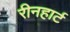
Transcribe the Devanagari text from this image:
रीनहार्ट